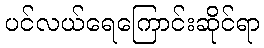
ပင်လယ်ရေကြောင်းဆိုင်ရာ